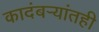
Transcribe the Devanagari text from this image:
कादंबर्‍यांतही